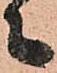
々